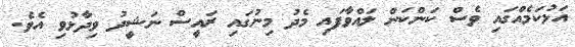
އަޅުކަމެއްގައި ވެސް ކަންކަން ލައްވާފައި މެދު މިނުގައި ރައީސް ނަޝީދު ވިދާޅުވި އެވެ.